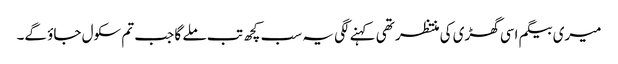
میری بیگم اسی گھڑی کی منتظر تھی کہنے لگی یہ سب کچھ تب ملے گا جب تم سکول جاؤ گے۔